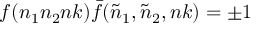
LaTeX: f ( n _ { 1 } n _ { 2 } n k ) { \bar { f } } ( { \tilde { n } } _ { 1 } , { \tilde { n } } _ { 2 } , n k ) = \pm 1